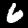
Label: 6